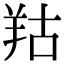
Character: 𦍩